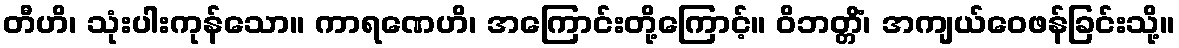
တီဟိ၊ သုံးပါးကုန်သော။ ကာရဏေဟိ၊ အကြောင်းတို့ကြောင့်။ ဝိဘတ္တိံ၊ အကျယ်ဝေဖန်ခြင်းသို့။